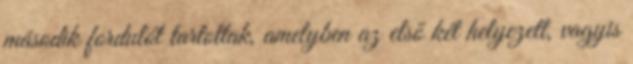
második fordulót tartottak, amelyben az első két helyezett, vagyis